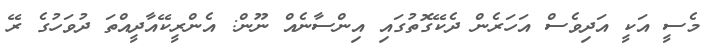
މެސީ އަކީ އަދިވެސް އަހަރެން ދެކޭގޮތުގައި އިންސާނެއް ނޫން: އެންރީކޭއާދީއްތަ ދުވަހުގެ ރޭ